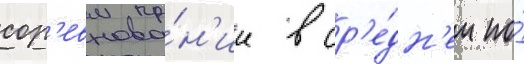
сор'евнова́н'ии в ср'е́дн'ем по́